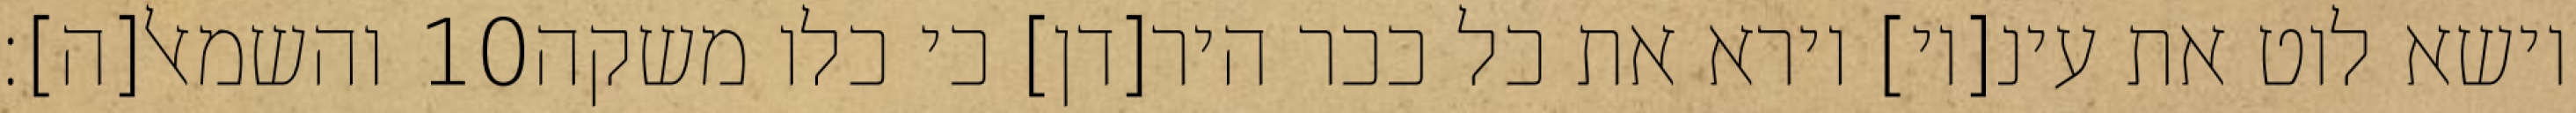
והשמאל[ה]׃ ‎10‏ וישא לוט את עינ[יו] וירא את כל ככר היר[דן] כי כלו משקה